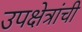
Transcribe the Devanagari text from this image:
उपक्षेत्रांची